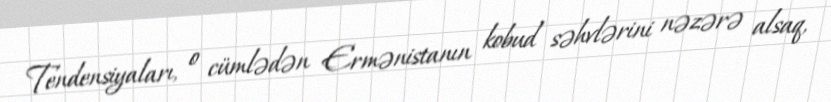
Tendensiyaları, o cümlədən Ermənistanın kobud səhvlərini nəzərə alsaq,